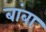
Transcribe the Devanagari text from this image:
बांबा